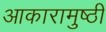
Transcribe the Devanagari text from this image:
आकारामुष्ठी